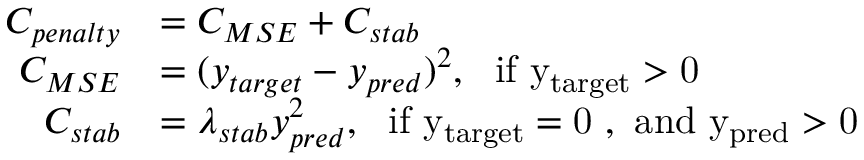
\begin{array} { r l } { C _ { p e n a l t y } } & { = C _ { M S E } + C _ { s t a b } } \\ { C _ { M S E } } & { = ( y _ { t a r g e t } - y _ { p r e d } ) ^ { 2 } , ~ ~ \mathrm { i f ~ y _ { t a r g e t } > 0 ~ } } \\ { C _ { s t a b } } & { = \lambda _ { s t a b } y _ { p r e d } ^ { 2 } , ~ ~ \mathrm { i f ~ y _ { t a r g e t } = 0 ~ , ~ a n d ~ y _ { p r e d } > 0 ~ } } \end{array}